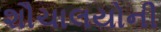
શૌચાલયોની